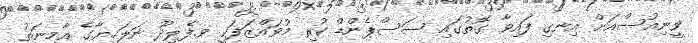
ވީނިއުސްއަށް އިނގި ފައިވާ ގޮތުގައި ސަސްޕެންޑް ކުރި މުވައްޒަފަކީ ވ.ފެލިދޫ ނަލަހިޔާގެ އާމިނަތު